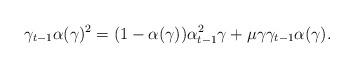
LaTeX: \begin{align*} \gamma_{t-1}\alpha(\gamma)^2=(1-\alpha(\gamma))\alpha_{t-1}^2\gamma+\mu\gamma\gamma_{t-1}\alpha(\gamma).\end{align*}